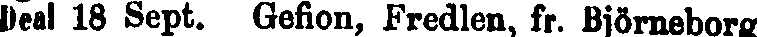
Deal 18 Sept. Gefion, Fredlen, fr. Björneborg